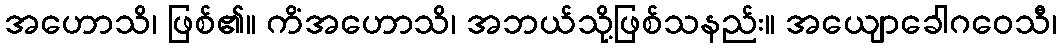
အဟောသိ၊ ဖြစ်၏။ ကိံအဟောသိ၊ အဘယ်သို့ဖြစ်သနည်း။ အယျောခေါဂဝေသီ၊